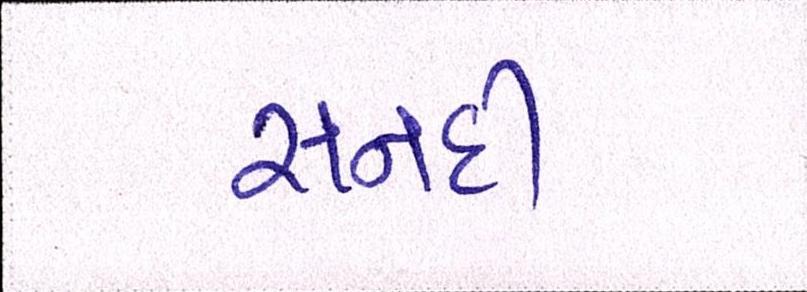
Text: સનદી